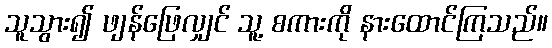
သူသွား၍ ဖျန်ဖြေလျှင် သူ့ စကားကို နားထောင်ကြသည်။